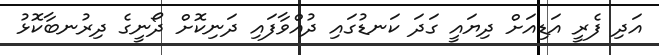
އަދި ފެރީ އަޑިއަށް ދިޔައީ ގަދަ ކަނޑުގައި ދުއްވާފައި ދަނިކޮށް ދޯނީގެ ދިރުނބާކޮޅު